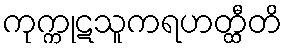
ကုက္ကုဋသူကရဟတ္ထီတိ